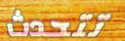
تتحدث